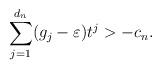
LaTeX: \begin{align*} \sum_{j=1}^{d_n} (g_j-\varepsilon)t^j > -c_n.\end{align*}